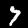
Label: 7